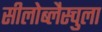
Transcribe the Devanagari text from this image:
सीलोब्लैस्चुला